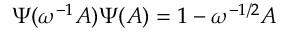
\Psi ( \omega ^ { - 1 } A ) \Psi ( A ) = 1 - \omega ^ { - 1 / 2 } A